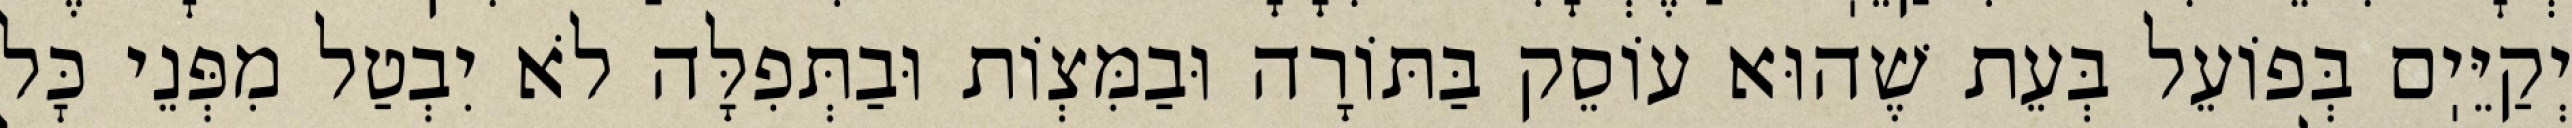
יְקַיֵּיֽם בְּפוֹעֵל בְּעֵת שֶׁהוּא עוֹסֵק בַּתּוֹרָה וּבַמִּצְוֹת וּבַתְּפִלָּה לֹא יִבְטַל מִפְּנֵי כׇּל